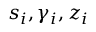
s _ { i } , \gamma _ { i } , z _ { i }